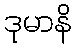
ဒုမာနိ